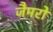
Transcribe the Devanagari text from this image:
जैमरो